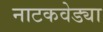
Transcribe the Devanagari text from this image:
नाटकवेड्या